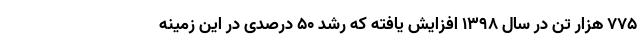
775 هزار تن در سال 1398 افزایش یافته که رشد 50 درصدی در این زمینه